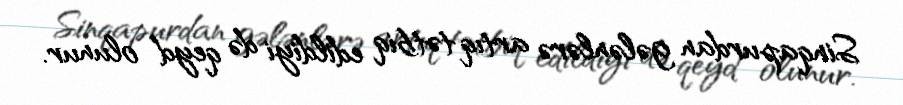
Sinqapurdan gələnlərə artıq tətbiq edildiyi də qeyd olunur.